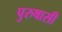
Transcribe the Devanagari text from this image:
पुरुषासी